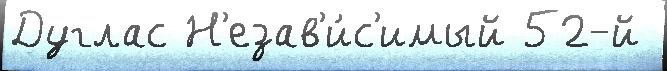
Дуглас Н'езав'и́с'имый 52-й